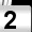
Digit: 2